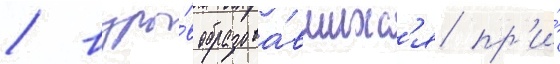
/ взры́в образова́вшихс'я пр'и́